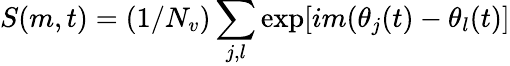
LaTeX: S(m,t)=(1/N_{v})\sum_{j,l}\exp[im(\theta_{j}(t)-\theta_{l}(t)]